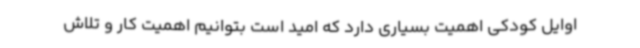
اوایل کودکی اهمیت بسیاری دارد که امید است بتوانیم اهمیت کار و تلاش